Report of the Indian Hemp Drugs Commission, 1894-1895 - Volume V
Year: 1894
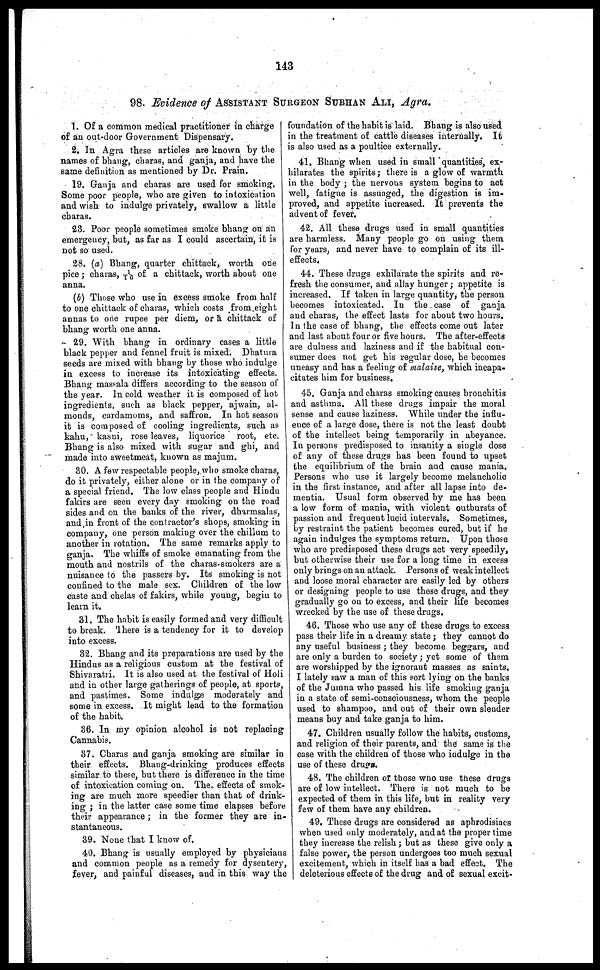
143
98. Evidence of ASSISTANT SURGEON SUBHAN ALI, Agra.
1. Of a common medical practitioner in charge
of an out-door Government Dispensary.
2. In Agra these articles are known by the
names of bhang, charas, and ganja, and have the
same definition as mentioned by Dr. Prain.
19. Ganja and charas are used for smoking.
Some poor people, who are given to intoxication
and wish to indulge privately, swallow a little
charas.
23. Poor people sometimes smoke bhang on an
emergency, but, as far as I could ascertain, it is
not so used.
28. (a) Bhang, quarter chittack, worth one
pice; charas, 1/16 of a chittack, worth about one
anna.
(b) Those who use in excess smoke from half
to one chittack of charas, which costs from eight
annas to one rupee per diem, or a chittack of
bhang worth one anna.
29. With bhang in ordinary cases a little
black pepper and fennel fruit is mixed. Dhatura
seeds are mixed with bhang by those who indulge
in excess to increase its intoxicating effects.
Bhang massala differs according to the season of
the year. In cold weather it is composed of hot
ingredients, such as black pepper, ajwain, al-
monds, cardamoms, and saffron. In hot season
it is composed of cooling ingredients, such as
kahu, kasni, rose leaves, liquorice root, etc.
Bhang is also mixed with sugar and ghi, and
made into sweetmeat, known as majum.
30. A few respectable people, who smoke charas,
do it privately, either alone or in the company of
a special friend. The low class people and Hindu
fakirs are seen every day smoking on the road
sides and on the banks of the river, dharmsalas,
and in front of the contractor's shops, smoking in
company, one person making over the chillum to
another in rotation. The same remarks apply to
ganja. The whiffs of smoke emanating from the
mouth and nostrils of the charas-smokers are a
nuisance to the passers by. Its smoking is not
confined to the male sex. Children of the low
caste and chelas of fakirs, while young, begin to
learn it.
31. The habit is easily formed and very difficult
to break. There is a tendency for it to develop
into excess.
32. Bhang and its preparations are used by the
Hindus as a religious custom at the festival of
Shivaratri. It is also used at the festival of Holi
and in other large gatherings of people, at sports,
and pastimes. Some indulge moderately and
some in excess. It might lead to the formation
of the habit.
36. In my opinion alcohol is not replacing
Cannabis.
37. Charas and ganja smoking are similar in
their effects. Bhang-drinking produces effects
similar to these, but there is difference in the time
of intoxication coming on. The effects of smok-
ing are much more speedier than that of drink-
ing; in the latter case some time elapses before
their appearance; in the former they are in-
stantaneous.
39. None that I know of.
40. Bhang is usually employed by physicians
and common people as a remedy for dysentery,
fever, and painful diseases, and in this way the
foundation of the habit is laid. Bhang is also used
in the treatment of cattle diseases internally. It
is also used as a poultice externally.
41. Bhang when used in small quantities, ex-
hilarates the spirits; there is a glow of warmth
in the body; the nervous system begins to act
well, fatigue is assuaged, the digestion is im-
proved, and appetite increased. It prevents the
advent of fever.
42. All these drugs used in small quantities
are harmless. Many people go on using them
for years, and never have to complain of its ill—
effects.
44. These drugs exhilarate the spirits and re-
fresh the consumer, and allay hunger; appetite is
increased. If taken in large quantity, the person
becomes intoxicated. In the case of ganja
and charas, the effect lasts for about two hours.
In the case of bhang, the effects come out later
and last about four or five hours. The after-effects
are dulness and laziness and if the habitual con-
sumer does not get his regular dose, he becomes
uneasy and has a feeling of malaise, which incapa-
citates him for business.
45. Ganja and charas smoking causes bronchitis
and asthma. All these drugs impair the moral
sense and cause laziness. While under the influ-
ence of a large dose, there is not the least doubt
of the intellect being temporarily in abeyance.
In persons predisposed to insanity a single dose
of any of these drugs has been found to upset
the equilibrium of the brain and cause mania.
Persons who use it largely become melancholic
in the first instance, and after all lapse into de-
mentia. Usual form observed by me has been
a low form of mania, with violent outbursts of
passion and frequent lucid intervals. Sometimes,
by restraint the patient becomes cured, but if he
again indulges the symptoms return. Upon those
who are predisposed these drugs act very speedily,
but otherwise their use for a long time in excess
only brings on an attack. Persons of weak intellect
and loose moral character are easily led by others
or designing people to use these drugs, and they
gradually go on to excess, and their life becomes
wrecked by the use of these drugs.
46. Those who use any of these drugs to excess
pass their life in a dreamy state; they cannot do
any useful business; they become beggars, and
are only a burden to society; yet some of them
are worshipped by the ignorant masses as saints.
I lately saw a man of this sort lying on the banks
of the Jumna who passed his life smoking ganja
in a state of semi-consciousness, whom the people
used to shampoo, and out of their own slender
means buy and take ganja to him.
47. Children usually follow the habits, customs,
and religion of their parents, and the same is the
case with the children of those who indulge in the
use of these drugs.
48. The children of those who use these drugs
are of low intellect. There is not much to be
expected of them in this life, but in reality very
few of them have any children.
49. These drugs are considered as aphrodisiacs
when used only moderately, and at the proper time
they increase the relish; but as these give only a
false power, the person undergoes too much sexual
excitement, which in itself has a bad effect. The
deleterious effects of the drug and of sexual excit-